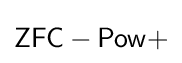
{\mathsf {ZFC-Pow+}}